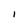
Character: 1